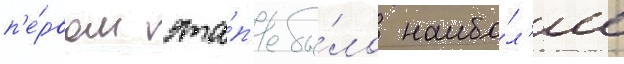
п'е́рвом эта́п'е бы́ло наибо́л'ее